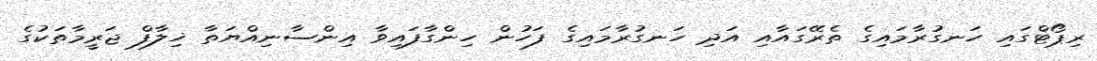
ރިޕޯޓްގައި ހަނގުރާމައިގެ ތެރޭގައާއި އަދި ހަނގުރާމައިގެ ފަހުން ހިންގާފައިވާ އިންސާނިއްޔަތާ ޚިލާފް ޖަރީމާތަކުގެ